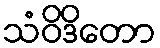
သံဝိဒိတော